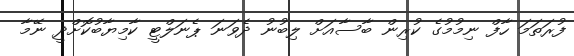
ފުރަތަމަ ހާފް ނިމުމުގެ ކުރިން ބާސާއަށް ލިބުނު ދެވަނަ ޕެނަލްޓީ ކާމިޔާބުކޮށްދީ ނޭމާ